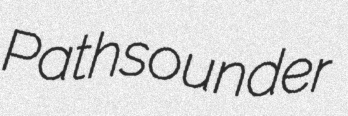
Pathsounder